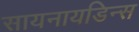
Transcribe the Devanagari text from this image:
सायनायडिन्स